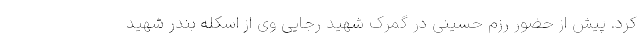
کرد. پیش از حضور رزم حسینی در گمرک شهید رجایی وی از اسکله بندر شهید